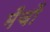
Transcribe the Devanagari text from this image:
मँचों